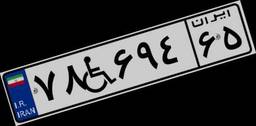
۷۸W۶۹۴۶۵